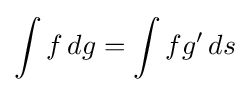
\int f\,dg=\int fg'\,ds